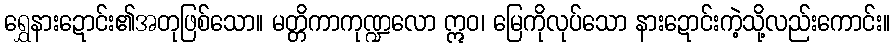
ရွှေနားဍောင်း၏အတုဖြစ်သော။ မတ္တိကာကုဏ္ဍလော ဣဝ၊ မြေကိုလုပ်သော နားဍောင်းကဲ့သို့လည်းကောင်း။